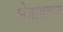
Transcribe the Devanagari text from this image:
क्षेत्राख्यान